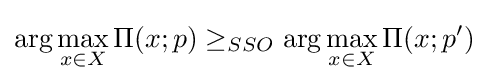
\arg \max _{x\in X}\Pi (x;p)\geq _{SSO}\arg \max _{x\in X}\Pi (x;p')